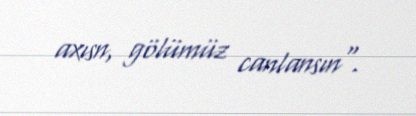
axısn, gölümüz canlansın".